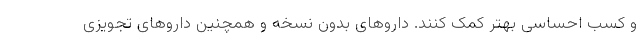
و کسب احساسی بهتر کمک کنند. داروهای بدون نسخه و همچنین داروهای تجویزی